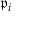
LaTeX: { \mathfrak { p } } _ { i }